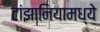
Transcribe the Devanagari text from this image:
टांझानियामध्ये